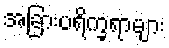
အခြားပရိက္ခရာများ